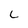
Character: L